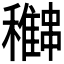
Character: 𥣽